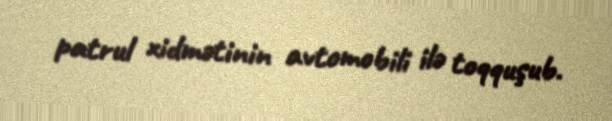
patrul xidmətinin avtomobili ilə toqquşub.